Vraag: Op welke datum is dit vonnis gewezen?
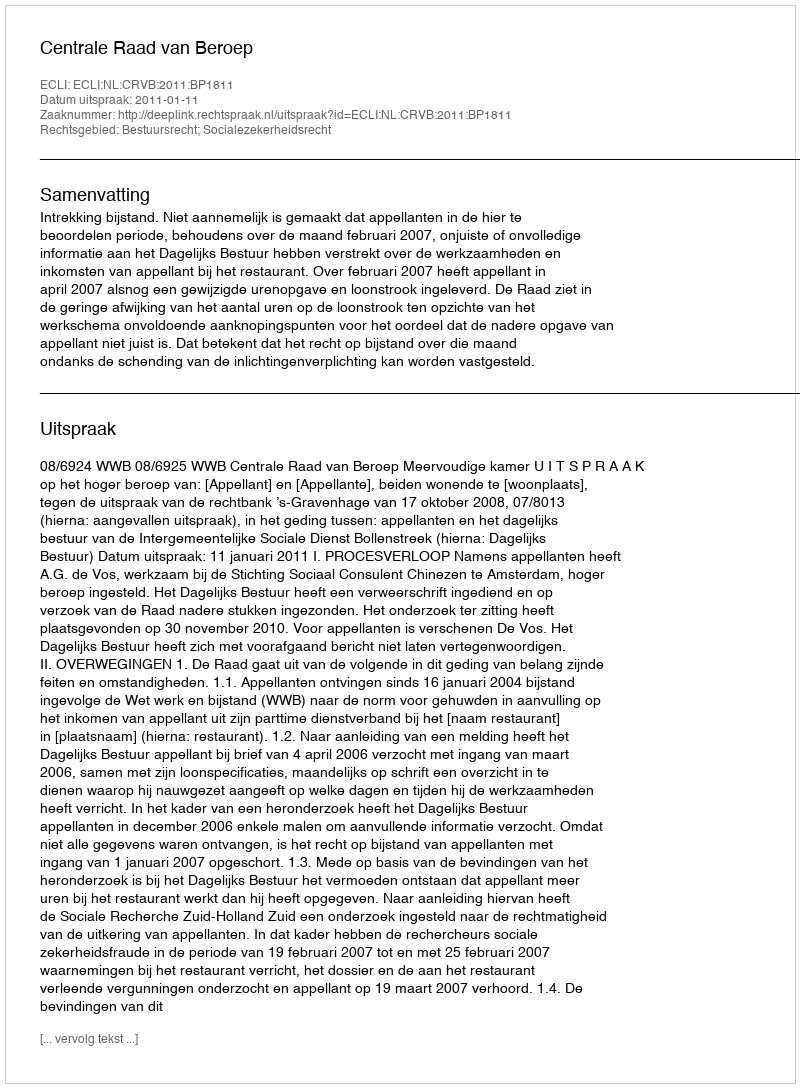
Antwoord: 2011-01-11